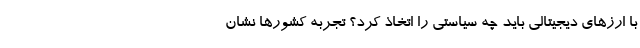
با ارزهای دیجیتالی باید چه سیاستی را اتخاذ کرد؟ تجربه کشورها نشان